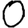
Digit: 0